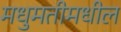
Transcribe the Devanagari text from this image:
मधुमतीमधील